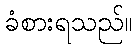
ခံစားရသည်။